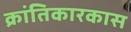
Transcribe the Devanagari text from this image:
क्रांतिकारकास